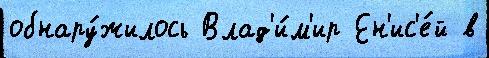
обнару́жилось Влад'и́м'ир Ен'ис'е́й в